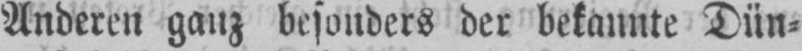
Anderen ganz besonders der bekannte Dün⸗